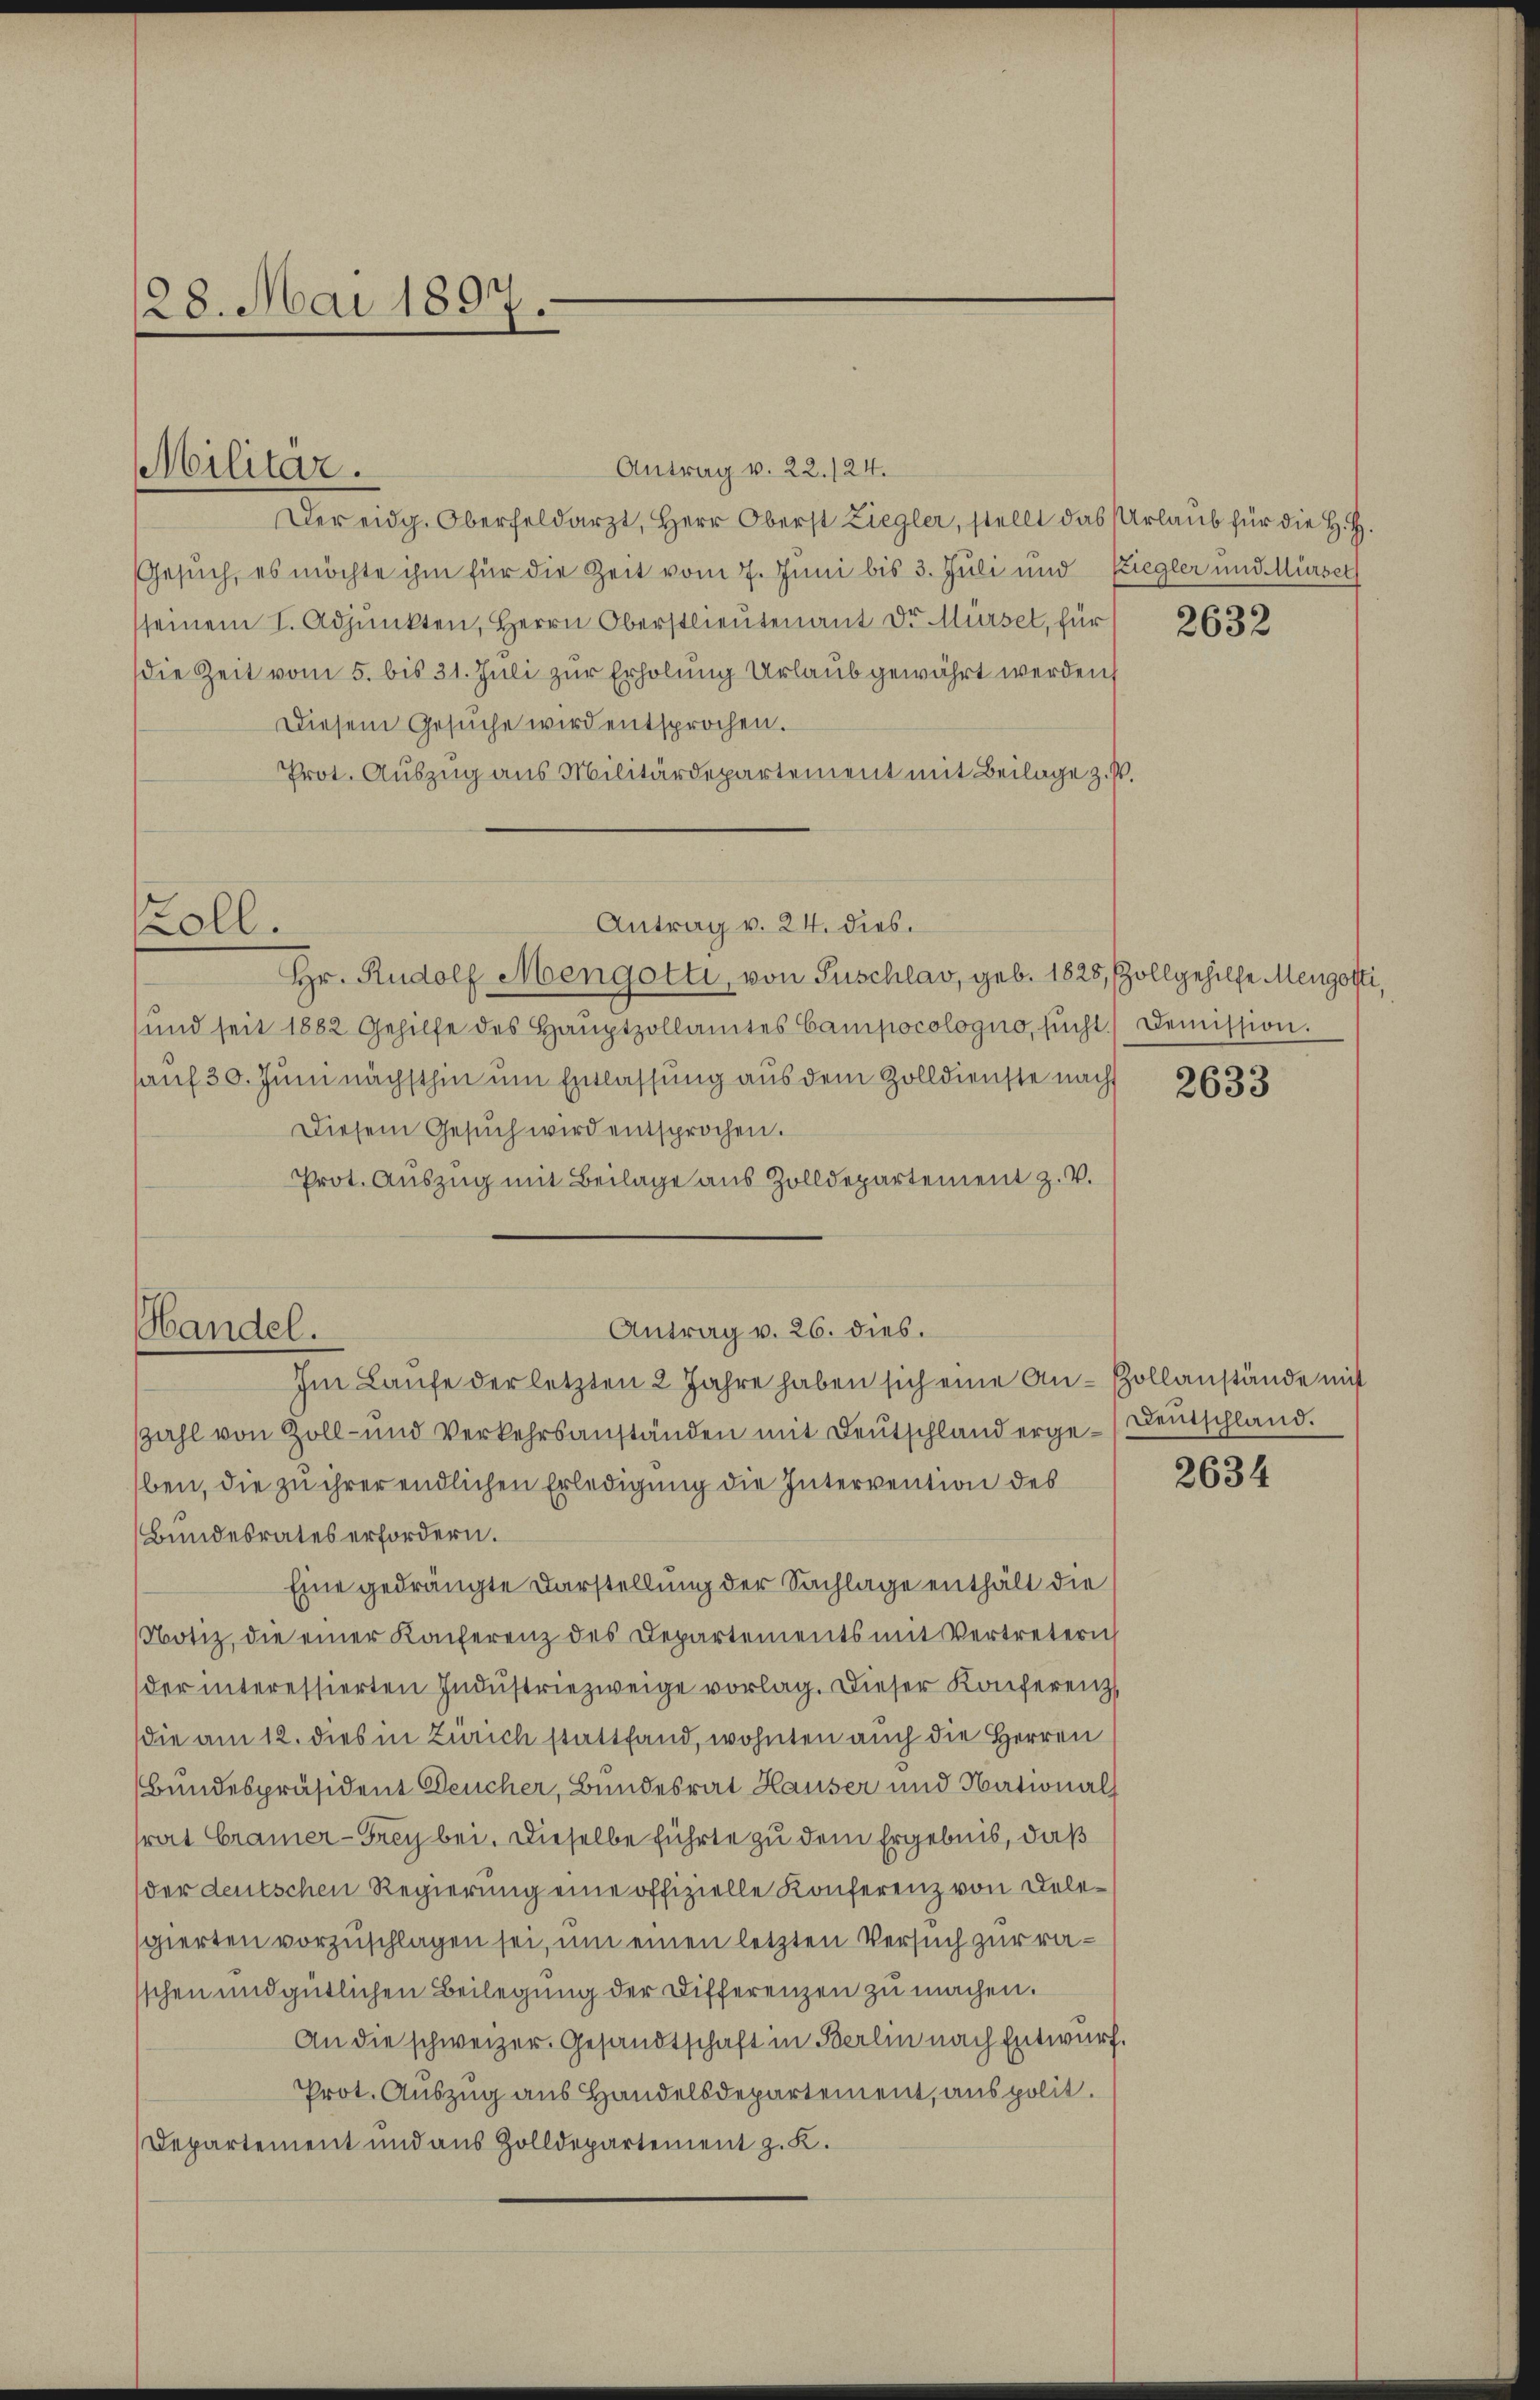
128. Mai 1897.

Militar.

Antrag v. 22./24.
Der eidg. Oberfeldarzt, Herr Oberst Ziegler, stellt das Urlaub für die H. H.
Gesuch, es möchte ihm für die Zeit vom 7. Juni bis 3. Juli und Etiegler und Mürset
seinem I. Adjunkten, Herrn Oberstlieutenant Dr. Mürsel, für
die Zeit vom 5. bis 31. Juli zur Erholung Urlaub gewährt werden s
Diesem Gesŭche wird entsprochen.
Prot. Auszug aus Militärdepartement mit Beilage z. P
Hr. Rudolf Mengotti, von Puschlav, geb. 1828, Zollgehilfe Mengotti,
ŭnd seit 1882 Gehilfe des Haŭptzollamtes Campocologno, sŭcht.) Demission.
sauf 30. Juni nächsthin um Entlassung aus dem Zolldienste nach
Diesem Gesŭch wird entsprochen.
Prot. Auszug mit Beilage aus Zolldepartement z. V.
Antrag v. 26. dies.
Im Laŭfe der letzten 2 Jahre haben sich eine An-Zollanstände mit
zahl von Zoll- und Verkehrsanständen mit Deutschland erge-Deŭtschland.
ben, die zu ihrer endlichen Erledigung die Intervention des
Bundesrates erfordern.
Eine gedrängte Darstellung der Sachlage enthält die
Notiz, die einer Konferenz des Departements mit Vertretern
der interessierten Indŭstriezweige vorlag. Dieser Konferenz
die am 12. dies in Zürich stattfand, wohnten auch die Herren
Bundespräsident Deucher, Bundesrat Hauser und National
rat Cramer-Grey bei. Dieselbe führte zu dem Ergebnis, daß
der deutschen Regierung eine offizielle Konferenz von Delesgierten vorzuschlagen sei, um einen letzten Versuch zur raschen und gütlichen Beilegung der Differenzen zu machen.
An die schweizer. Gesandtschaft in Berlin nach Entwurf.
Prot. Auszug aus Handelsdepartement, aus polit.
Departement und aus Zolldepartement z. K.

oll.

Handel.

Antrag v. 24. dies.

2632

2633

2634